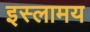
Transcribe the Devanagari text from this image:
इस्लामय